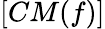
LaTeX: [CM(f)]